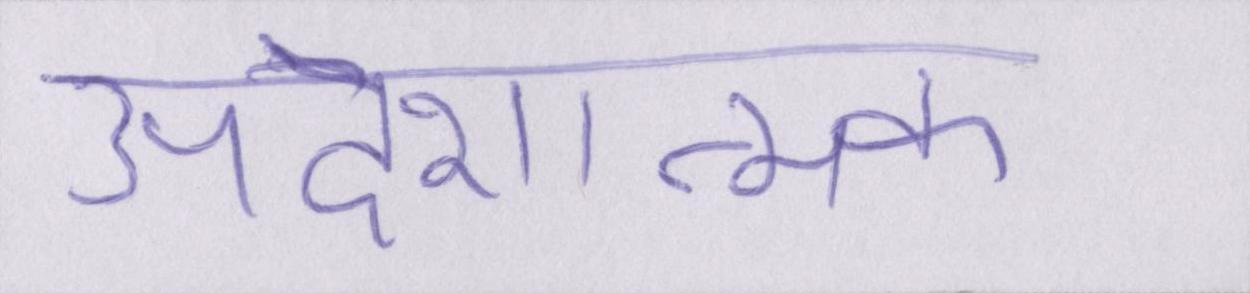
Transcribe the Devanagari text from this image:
उपदेशात्मक